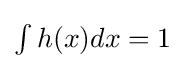
{\textstyle \int h(x)dx=1}